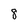
Character: 8